Vital statistics of India. Vol. V, Reports of 1876 on armies & jails and on epidemic cholera
Year: 1876
Disease focus: Cholera
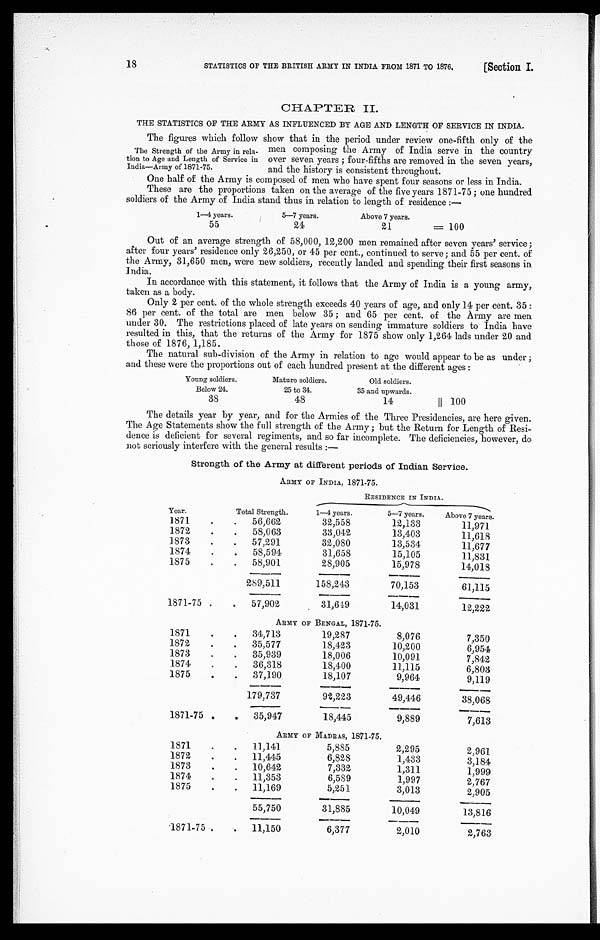
18 STATISTICS OF THE BRITISH ARMY IN INDIA FROM 1871 TO 1876. [Section I.
CHAPTER II.
THE STATISTICS OF THE ARMY AS INFLUENCED BY AGE AND LENGTH OF SERVICE IN INDIA.
The Strength of the Army in rela-
tion to Age and Length of Service in
India-Army of 1871-75.
The figures which follow show that in the period under review one-fifth only of the
men composing the Army of India serve in the country
over seven years; four-fifths are removed in the seven years,
and the history is consistent throughout.
One half of the Army is composed of men who have spent four seasons or less in India.
These are the proportions taken on the average of the five years 1871-75; one hundred
soldiers of the Army of India stand thus in relation to length of residence:—
1—4 years.
5—7 years.
Above 7 years.
55
24
21
= 100
Out of an average strength of 58,000, 12,200 men remained after seven years ' service;
after four years' residence only 26,250, or 45 per cent., continued to serve; and 55 per cent. of
the Army, 31,650 men, were new soldiers, recently landed and spending their first seasons in
India.
In accordance with this statement, it follows that the Army of India is a young army,
taken as a body.
Only 2 per cent. of the whole strength exceeds 40 years of age, and only 14 per cent. 35:
86 per cent. of the total are men below 35; and 65 per cent. of the Army are men
under 30. The restrictions placed of late years on sending immature soldiers to India have
resulted in this, that the returns of the Army for 1875 show only 1,264 lads under 20 and
those of 1876, 1,185.
The natural sub-division of the Army in relation to age would appear to be as under;
and these were the proportions out of each hundred present at the different ages:
Young soldiers.
Mature soldiers.
Old soldiers.
Below 24.
25 to 34.
35 and upwards.
38
48
14
=100
The details year by year, and for the Armies of the Three Presidencies, are here given.
The Age Statements show the full strength of the Army; but the Return for Length of Resi
-dence is deficient for several regiments, and so far incomplete. The deficiencies, however, do
not seriously interfere with the general results:—
Strength of the Army at different periods of Indian Service.
ARMY OF INDIA, 1871-75.
RESIDENCE IN INDIA.
Year.
Total Strength.
1 —4 y e a r s .
5—7 years.
Above 7 years.
1871
56,662
32,558
12,133
11,971
1872
58,063
33,042
13,403
11,618
1873
57,291
32,080
13,534
11,677
1874
58,594
31,658
15,105
11,831
1875
58,901
28,905
15,978
14,018
289,511
158,243
70,153
61,115
1871-75
57,902
31,619
14,031
12,222
ARMY OF BENGAL, 1871-75.
1871
34,713
19,287
8,076
7,350
1872
35,577
18,423
10,200
6,954
1873
35,939
18,006
10,091
7,842
1874
36,318
18,400
11,115
6,803
1875
37,190
18,107
9,964
9,119
179,737
92,223
49,446
38,068
1871-75
35,947
18,445
9,889
7,613
ARMY OF MADRAS, 1871-75.
1871
11,141
5,885
2,295
2,961
1872
11,445
6,828
1,433
3,184
1873
10,642
7,332
1,311
1,999
1874
11,353
6,589
1,997
2,767
1875
11,169
5,251
3,013
2,905
55,750
31,885
10,049
13,816
1871-75
11,150
6,377
2,010
2,763